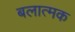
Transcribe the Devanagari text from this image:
बलात्मक